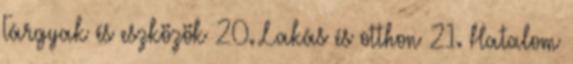
Tárgyak és eszközök 20. Lakás és otthon 21. Hatalom